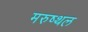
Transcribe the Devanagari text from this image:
मरुष्थल